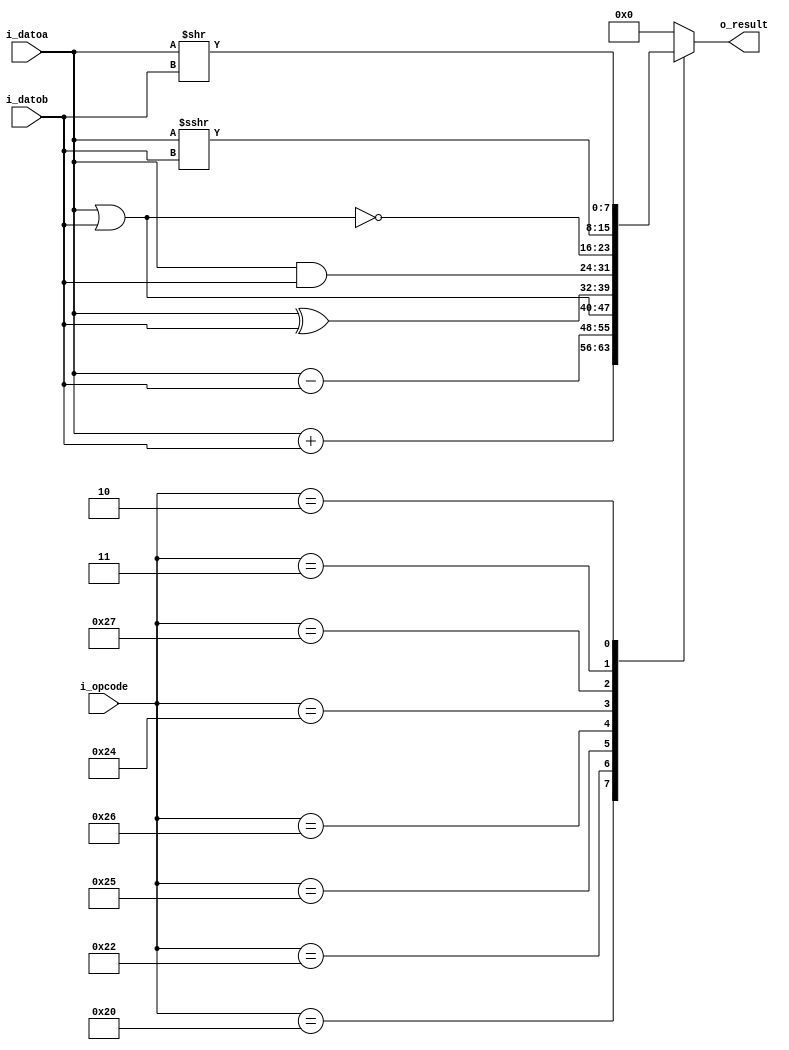
`timescale 1ns / 1ps
//////////////////////////////////////////////////////////////////////////////////
// Company: UNC - FCEFyN
// 
// Design Name: 
// Module Name: ALU
// Project Name: TP_ALU
// Target Devices: 
// Tool Versions: 
// Description: 
// 
// Dependencies: 
// 
// Revision:
// Revision 0.01 - File Created
// Additional Comments:
// 
//////////////////////////////////////////////////////////////////////////////////

module ALU
#(
  //PARAMETERS
  parameter     SIZEDATA = 8,
                SIZEOP = 6
)
(
  //INPUTS
  input signed  [SIZEDATA - 1:0]   i_datoa,
  input signed  [SIZEDATA - 1:0]   i_datob,
  input         [SIZEOP - 1:0]     i_opcode,
  //OUTPUTS
  output reg    [SIZEDATA - 1:0]   o_result
);
  
  //OPERATIONS
  localparam [SIZEOP - 1:0]     ADD = 6'b100000;
  localparam [SIZEOP - 1:0]     SUB = 6'b100010;
  localparam [SIZEOP - 1:0]     OR  = 6'b100101;
  localparam [SIZEOP - 1:0]     XOR = 6'b100110;
  localparam [SIZEOP - 1:0]     AND = 6'b100100;
  localparam [SIZEOP - 1:0]     NOR = 6'b100111;
  localparam [SIZEOP - 1:0]     SRA = 6'b000011;
  localparam [SIZEOP - 1:0]     SRL = 6'b000010;
  
  always@(*)
    begin
      case(i_opcode)
        ADD: o_result = i_datoa + i_datob;
        SUB: o_result = i_datoa - i_datob;
        OR:  o_result = i_datoa | i_datob;
        XOR: o_result = i_datoa ^ i_datob;
        AND: o_result = i_datoa & i_datob;
        NOR: o_result = ~(i_datoa | i_datob);
        SRA: o_result = i_datoa >>> i_datob;
        SRL: o_result = i_datoa >> i_datob;
        default: o_result = 0;
      endcase
    end
endmodule